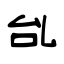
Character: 乨